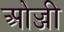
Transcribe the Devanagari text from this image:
ओज्जी